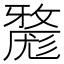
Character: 𱚮